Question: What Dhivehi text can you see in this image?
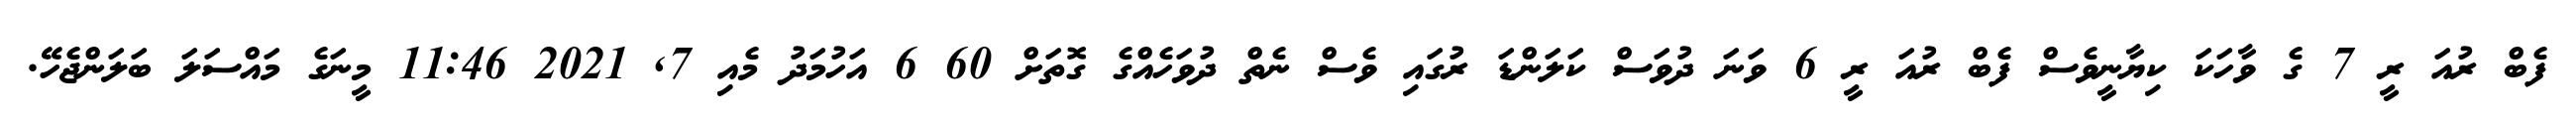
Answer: ފެބް ރުއަ ރީ 7 ގެ ވާހަކަ ކިޔާނީވެސް ފެބް ރުއަ ރީ 6 ވަނަ ދުވަސް ކަލަންޑަ ރުގައި ވެސް ނެތް ދުވަހެއްގެ ގޮތަށް 60 6 އަހުމަދު މެއި 7, 2021 11:46 މީނަގެ މައްސަލަ ބަލަންޖެހޭ.